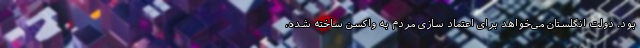
بود. دولت انگلستان می‌خواهد برای اعتماد سازی مردم به واکسن ساخته شده،